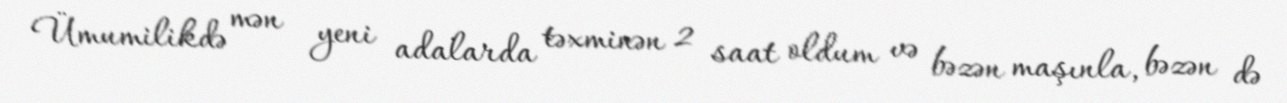
Ümumilikdə mən yeni adalarda təxminən 2 saat oldum və bəzən maşınla, bəzən də